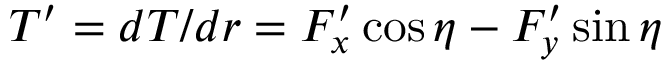
\begin{array} { r } { T ^ { \prime } = d T / d r = F _ { x } ^ { \prime } \cos \eta - F _ { y } ^ { \prime } \sin \eta } \end{array}